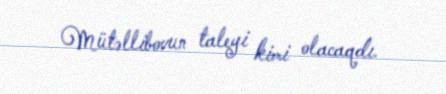
Mütəllibovun taleyi kimi olacaqdı.